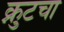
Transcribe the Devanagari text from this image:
क्नुटचा